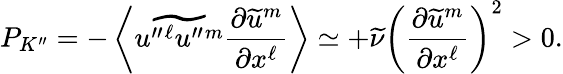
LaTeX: {P}_{K^{\prime\prime}}=-\left\langle{\widetilde{u^{\prime\prime}{}^{\ell}u^{\prime\prime}{}^{m}}\frac{\partial\widetilde{u}^{m}}{\partial x^{\ell}}}\right\rangle\simeq+\widetilde{\nu}\left({\frac{\partial\widetilde{u}^{m}}{\partial x^{\ell}}}\right)^{2}>0.